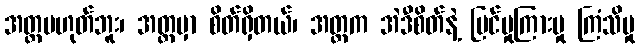
အတ္တမဟုတ်ဘူး၊ အတ္တမှာ စိတ်ရှိတယ်၊ အတ္တက အဲဒီစိတ်နဲ့ မြင်မှုကြားမှု ကြံသိမှု